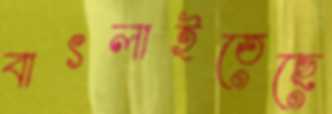
বাৎলাইতেছে